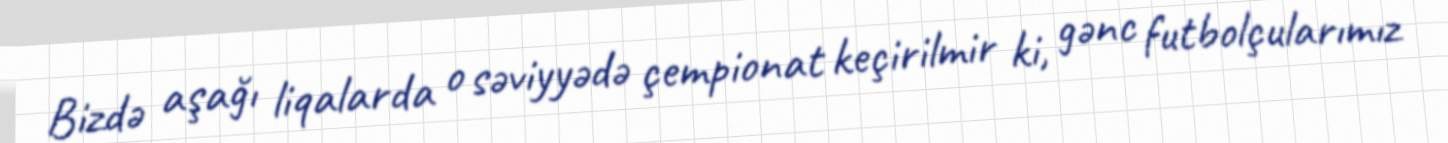
Bizdə aşağı liqalarda o səviyyədə çempionat keçirilmir ki, gənc futbolçularımız